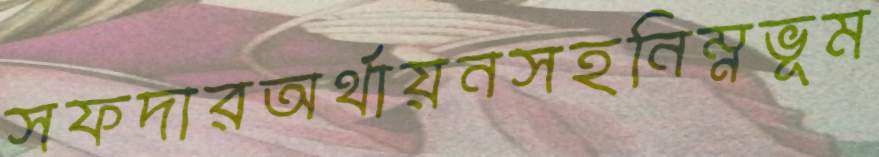
সফদারঅর্থায়নসহনিম্নভূম